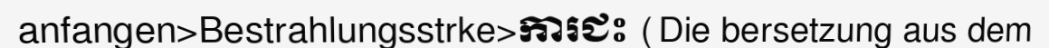
anfangen>Bestrahlungsstrke>ការជះ (Die bersetzung aus dem